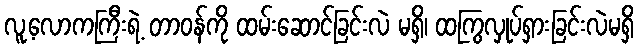
လူ့လောကကြီးရဲ့ တာဝန်ကို ထမ်းဆောင်ခြင်းလဲ မရှိ၊ ထကြွလှုပ်ရှားခြင်းလဲမရှိ